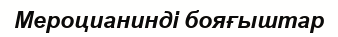
Мероцианинді бояғыштар